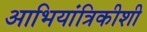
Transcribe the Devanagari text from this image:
आभियांत्रिकीशी